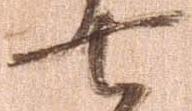
七